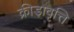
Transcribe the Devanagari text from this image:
क्रीड़ावृत्ति